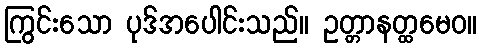
ကြွင်းသော ပုဒ်အပေါင်းသည်။ ဥတ္တာနတ္ထမေဝ။